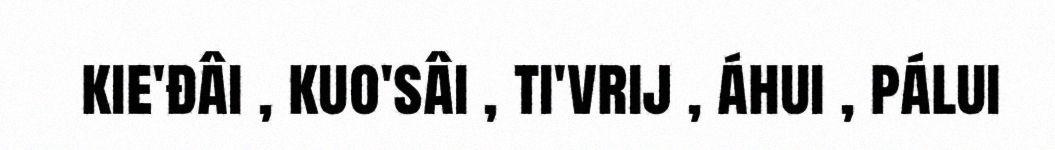
kie'đâi , kuo'sâi , ti'vrij , áhui , pálui